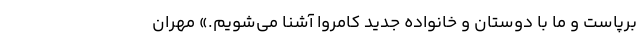
برپاست و ما با دوستان و خانواده جدید کامروا آشنا می‌شویم.» مهران